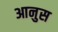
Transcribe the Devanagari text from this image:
आनुस